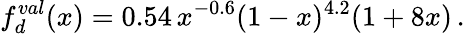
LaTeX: f_{d}^{val}(x)=0.54\, x^{-0.6}(1-x)^{4.2}(1+8x)\, .